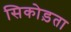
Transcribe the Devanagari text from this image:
सिकोड़ता